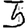
Digit: 5